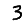
Digit: 3